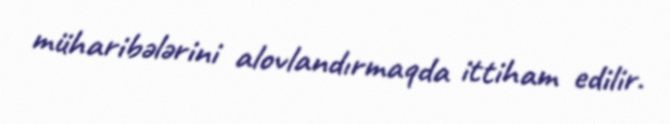
müharibələrini alovlandırmaqda ittiham edilir.